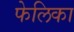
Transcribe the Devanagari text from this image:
फेलिका